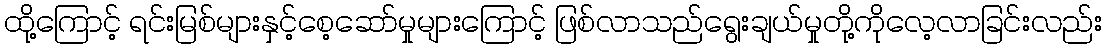
ထို့ကြောင့် ရင်းမြစ်များနှင့်စေ့ဆော်မှုများကြောင့် ဖြစ်လာသည်ရွေးချယ်မှုတို့ကိုလေ့လာခြင်းလည်း